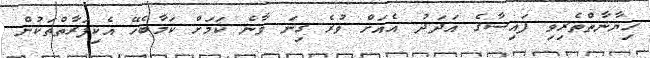
ޚިޔާނާތްތެރިވި ފައިސާގެ އަދަދު އެއަށް ވުރެ ގިނަ ވާނެ ކަމަށް ކަމާބެހޭ އެކިފަރާތްތަކުން